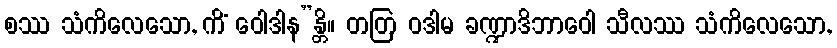
စဿ သံကိလေသော, ကိံ ဝေါဒါန”န္တိ။ တတြ ဝဒါမ ခဏ္ဍာဒိဘာဝေါ သီလဿ သံကိလေသော,